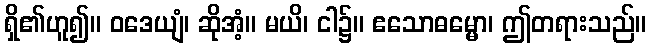
ရှိ၏ဟူ၍။ ဝဒေယျံ၊ ဆိုအံ့။ မယိ၊ ငါ၌။ ဧသောဓမ္မော၊ ဤတရားသည်။